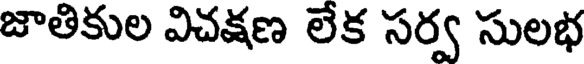
జాతికుల విచక్షణ లేక సర్వ సులభ